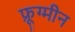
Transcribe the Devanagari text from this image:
फ्रूग्मीन